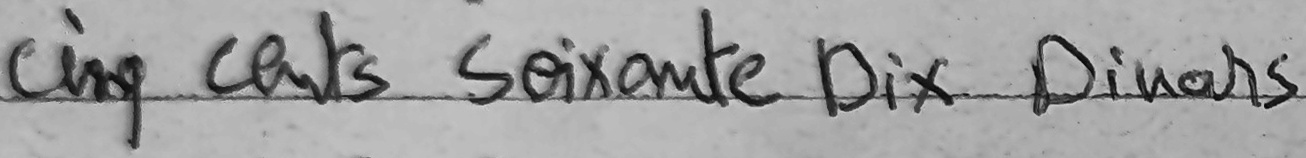
Cinq cents Soixante Dix Dinars